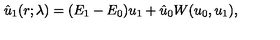
\hat { u } _ { 1 } ( r ; \lambda ) = ( E _ { 1 } - E _ { 0 } ) u _ { 1 } + \hat { u } _ { 0 } W ( u _ { 0 } , u _ { 1 } ) ,